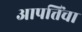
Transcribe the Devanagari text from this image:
आपत्तिंचा